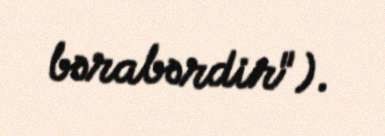
bərabərdir").